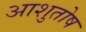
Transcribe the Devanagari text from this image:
अाशुतोष